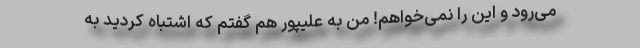
می‌رود و این را نمی‌خواهم! من به علیپور هم گفتم که اشتباه کردید به